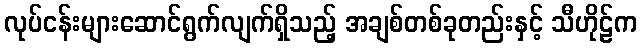
လုပ်ငန်းများဆောင်ရွက်လျက်ရှိသည့် အချစ်တစ်ခုတည်းနှင့် သီဟိုဠ်က